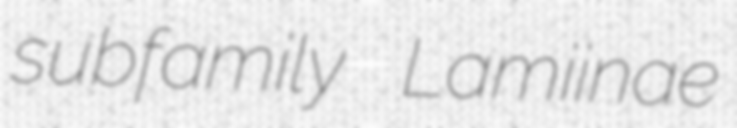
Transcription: subfamily Lamiinae